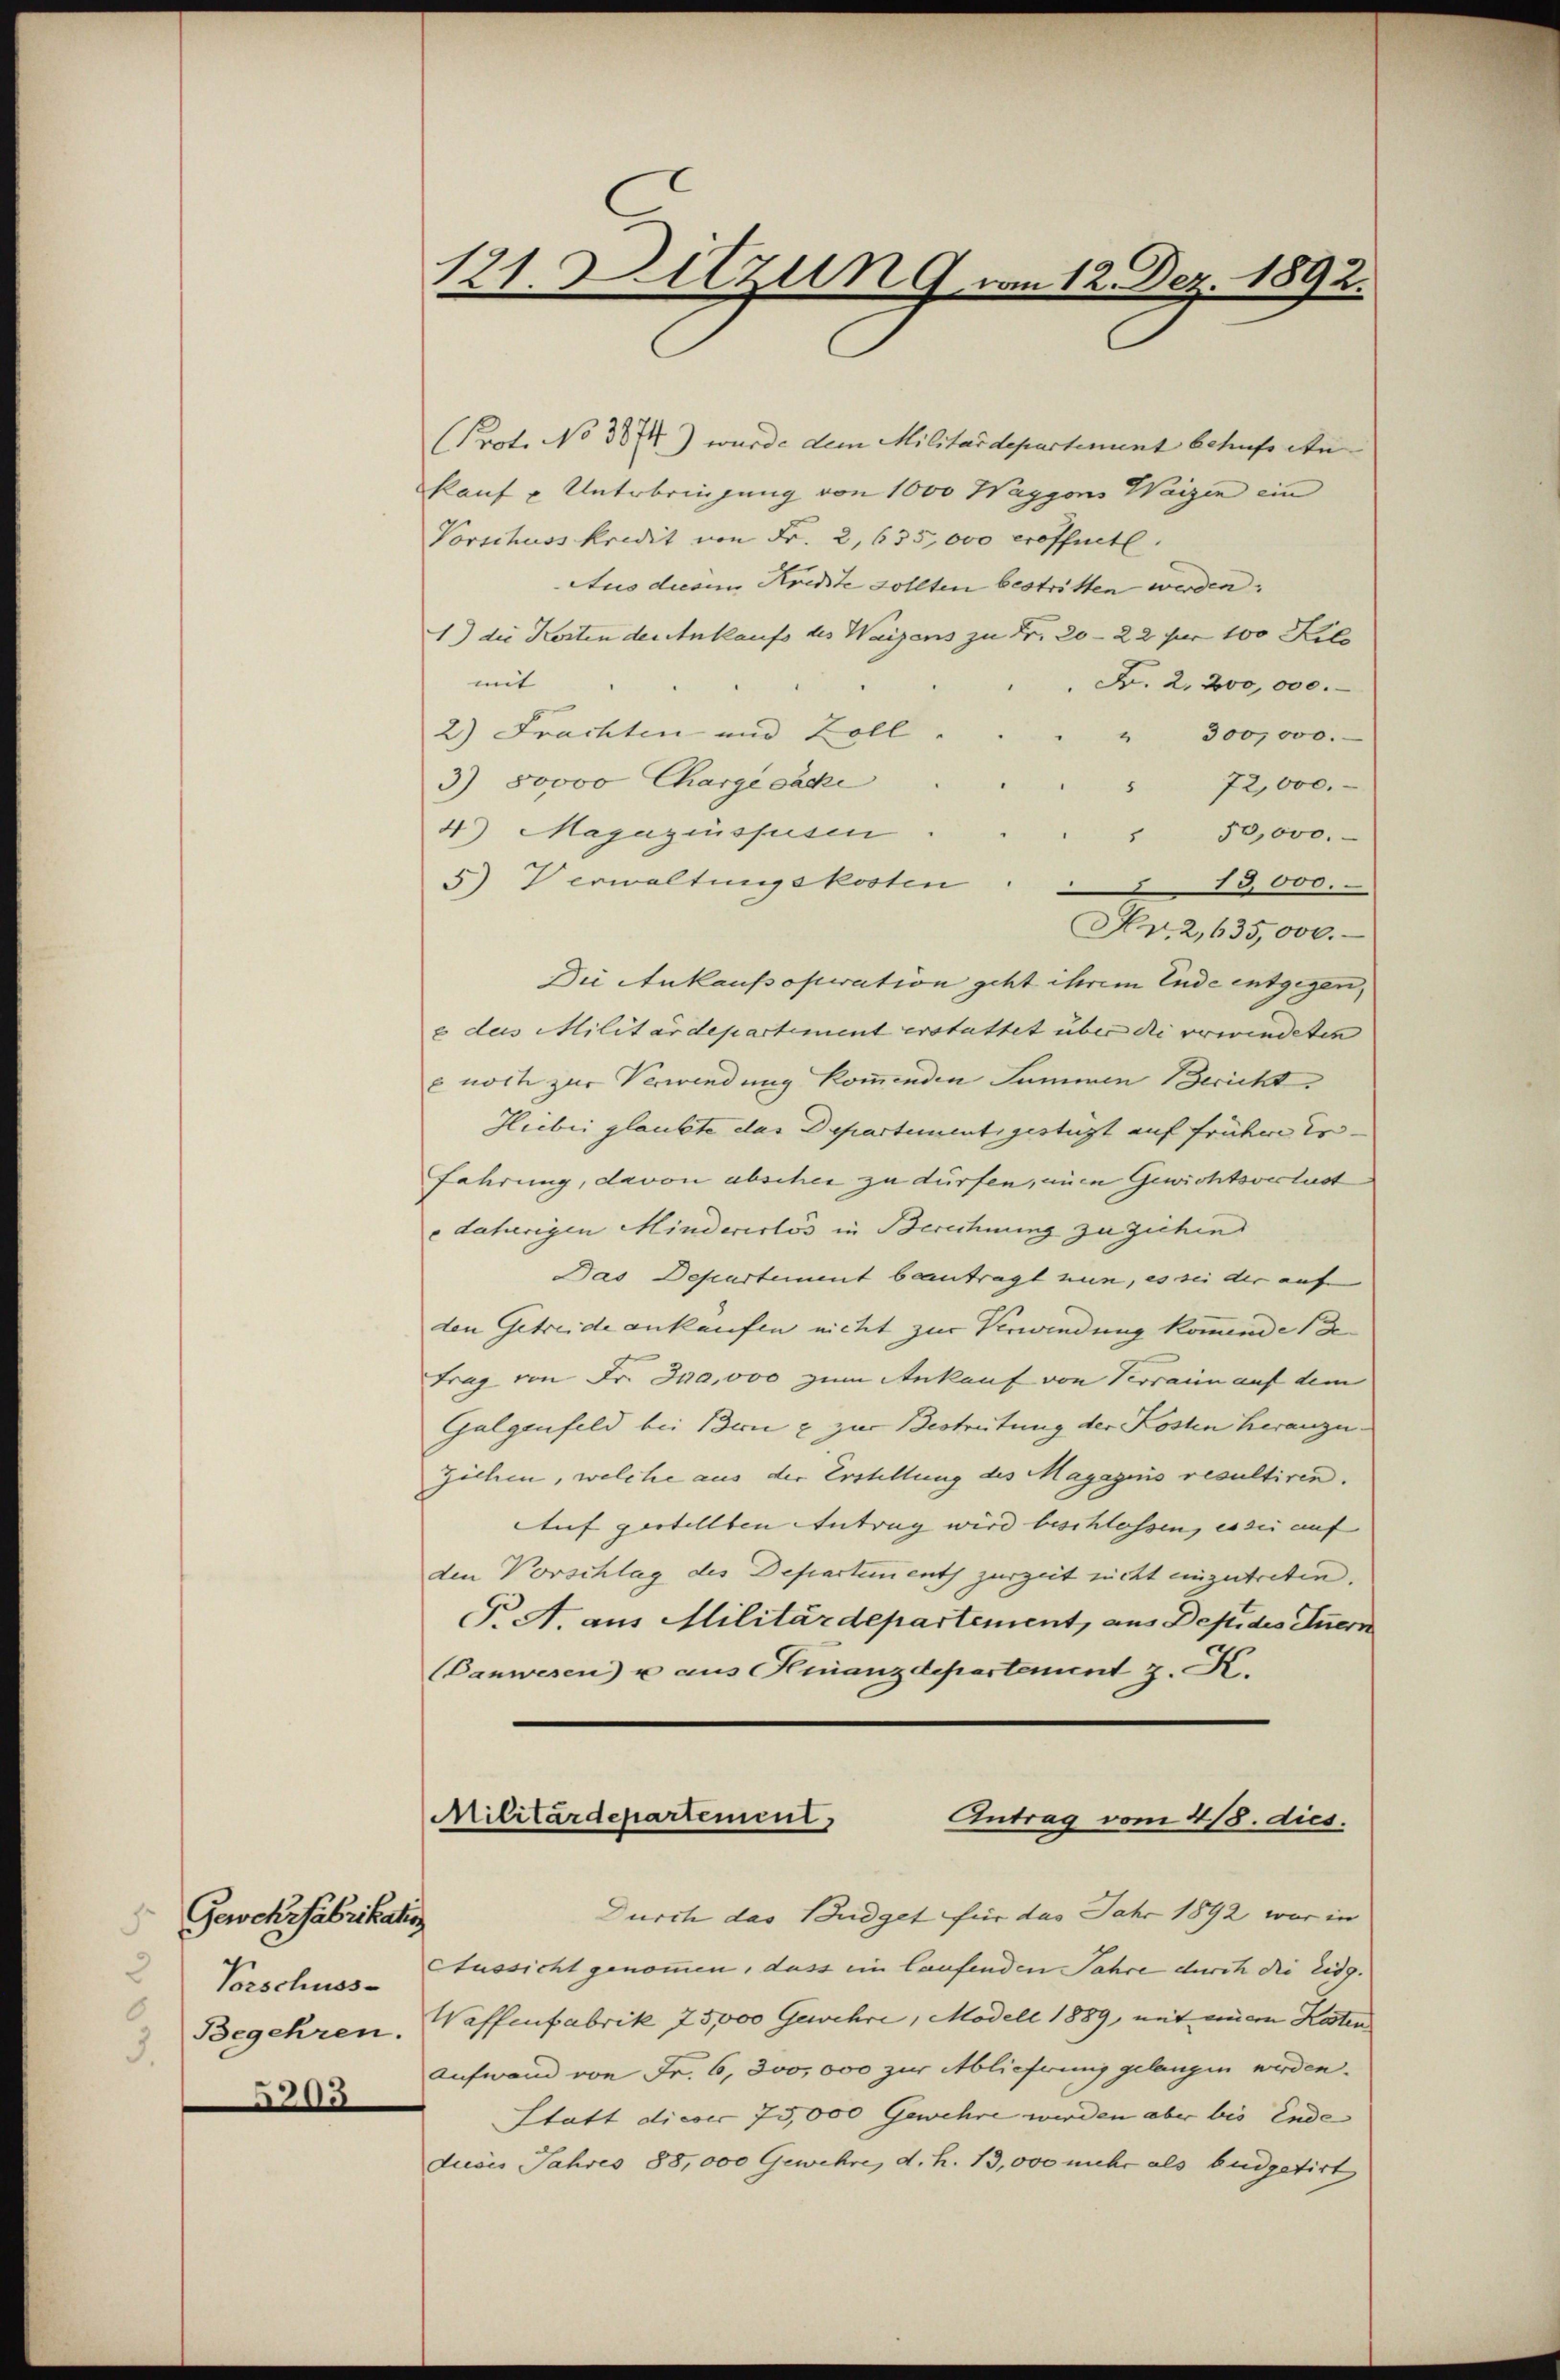
Gercksfabrikatio
2
Vorschuss-
Begehren.
3
205

121. Ditzun 9 am 12. Dez. 1892.

Prot. No 3874) wurde dem Militärdepartenunt behufs An
kauf u. Unterbringung von 1000 Waggons Waizen ein
Vorschuss kredit von Fr. 2, 635,000 eröffnete.
Aus diesem Kredite sollten bestritten werden.
1) die Kosten der Ankaufs des Waizens zu Fr. 20—22 für 100 Kilo
mit
Fr. 2. 200,000.
2) Frachten und Zoll
" 300,000.
3) 50000 Charge sache
 72,000.
4) Magazinsfusen
" 50,000.
5) Verwaltungskosten
13,000.
Hr.2,635,000.
Die Ankaufsoperation geht ihrem Ende entgegen,
2 des Militärdepartement erstattet über die verwindeten
e noch zur Verwendung kommenden Summen Bericht
Hiebei glaubte das Departementsgestigt auf früher Er-
fahrung, davon abscher zu dürfen, einen Gewichtsverlust
dahierigen Mindererlös in Berechnung zu ziehen
Das Departement beantragt nun, es sei der auf
den Getreide ankaufen nicht zur Verwindung kommende (de
trag von Fr. Ina,000 zum Ankauf von Verrain auf dem
Galgenfeld bei Bern & zur Bestreitung der Kosten heranzuziehen, welche aus der Erstellung des Magazins resultiren.
Auf gestellten Antrag wird beschlossen, es sei auf
den Vorschlag des Departements zurzeit nicht einzutreten.
T. A. aus Militärdepartement, aus Depides Innern
(Banwesen u aus Finanzdepartement z. K.

Militärdepartement,
Antrag vom 4/8. dies.

Durch das Budget für das Jahr 1892 war in
Aussicht genommen, dass ein laufenden Jahre durch die Eidg.
Waffenfabrik 75,000 Gewehre, Modell 1889, mit einem Kosten
Aufwand von Fr. 6, 300,000 zur Ablieferung gelangen werden.
Statt dieser 75,000 Gewehre werden aber bis Ende
dusis Jahres 88,000 Gewehre, d. h. 13,000 mehr als Budgetirt